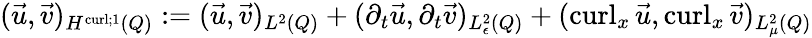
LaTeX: \begin{array}{r}{(\vec{u},\vec{v})_{H^{\operatorname{curl};1}(Q)}:=(\vec{u},\vec{v})_{L^{2}(Q)}+(\partial_{t}\vec{u},\partial_{t}\vec{v})_{L_{\epsilon}^{2}(Q)}+(\operatorname{curl}_{x}\vec{u},\operatorname{curl}_{x}\vec{v})_{L_{\mu}^{2}(Q)}}\end{array}